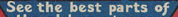
See the best parts of